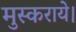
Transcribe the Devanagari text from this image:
मुस्कराये।